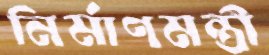
নির্মাণমন্ত্রী